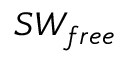
S W _ { f r e e }